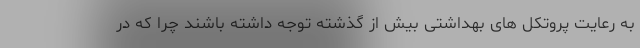
به رعایت پروتکل های بهداشتی بیش از گذشته توجه داشته باشند چرا که در